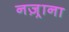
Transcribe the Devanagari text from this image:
नज़्राना